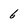
Character: 6